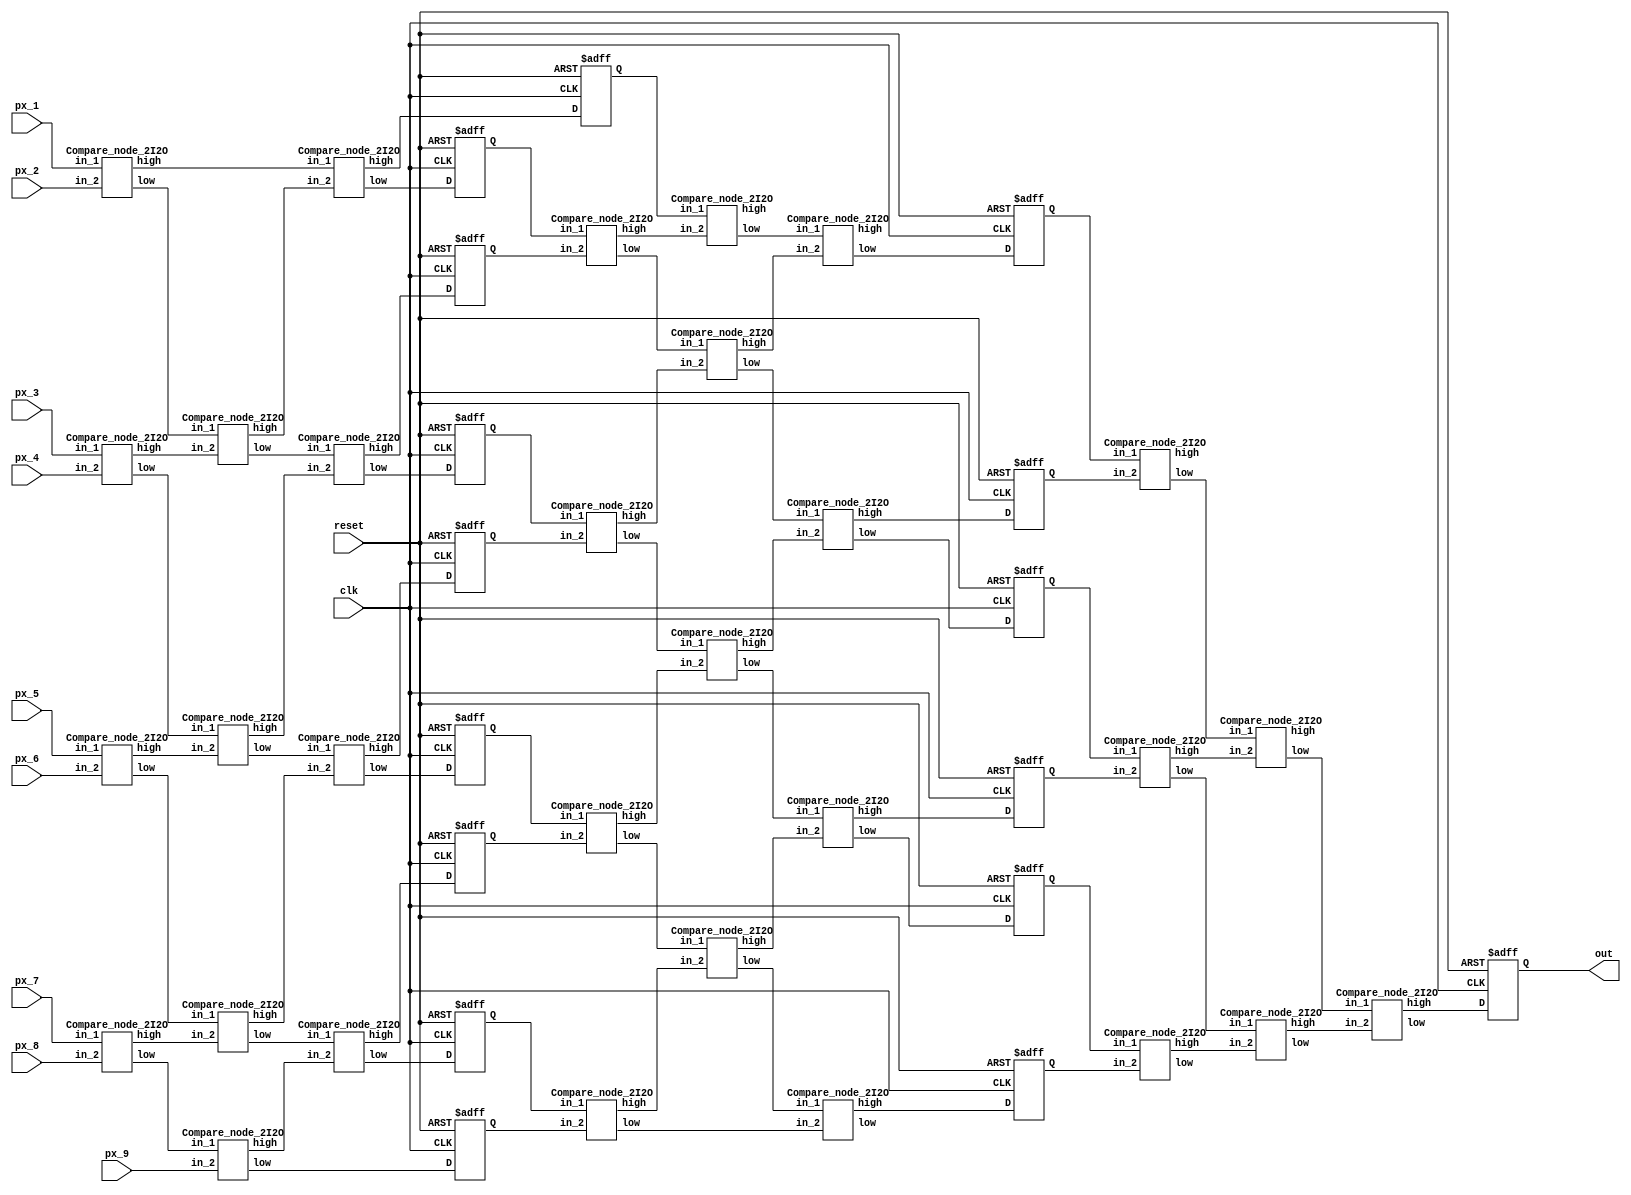
`timescale 1ns/10ps
//////////////////////////////////////////////////////////////////////////////////
// Median blur with 36 PEs & 3-level pipeline
// Structure: Systolic array
// Kernel size: 3x3
//
//////////////////////////////////////////////////////////////////////////////////

module  Median_blur_36_pip_3lv(
    input 	clk,
    input 	reset,
    input  [7:0] px_1, px_2, px_3, px_4, px_5, px_6, px_7, px_8, px_9,
    output reg  [7:0] out
	);

wire  [7:0] h_1, h_2, h_3, h_4, h_5, h_6, h_7, h_8, h_9, h_10, h_11, h_12, h_13, h_14, h_15, h_16, h_17, h_18,
            h_19, h_20, h_21, h_22, h_23, h_24, h_25, h_26, h_27, h_28, h_29, h_30, h_31, h_32, h_33, h_34, h_35, h_36;
wire  [7:0] l_1, l_2, l_3, l_4, l_5, l_6, l_7, l_8, l_9, l_10, l_11, l_12, l_13, l_14, l_15, l_16, l_17, l_18,
            l_19, l_20, l_21, l_22, l_23, l_24, l_25, l_26, l_27, l_28, l_29, l_30, l_31, l_32, l_33, l_34, l_35, l_36;

/////////////////////////////////////
//        Pipeline   stage         //
/////////////////////////////////////

reg [7:0] pip_1_1, pip_1_2, pip_1_3, pip_1_4, pip_1_5, pip_1_6, pip_1_7, pip_1_8, pip_1_9;
reg [7:0] pip_2_1, pip_2_2, pip_2_3, pip_2_4, pip_2_5, pip_2_6, pip_2_7, pip_2_8, pip_2_9;

Compare_node_2I2O u1(
    .in_1(px_1), .in_2(px_2),
    .high(h_1), .low(l_1)
);

Compare_node_2I2O u2(
    .in_1(px_3), .in_2(px_4),
    .high(h_2), .low(l_2)
);

Compare_node_2I2O u3(
    .in_1(px_5), .in_2(px_6),
    .high(h_3), .low(l_3)
);

Compare_node_2I2O u4(
    .in_1(px_7), .in_2(px_8),
    .high(h_4), .low(l_4)
);

Compare_node_2I2O u5(
    .in_1(l_1), .in_2(h_2),
    .high(h_5), .low(l_5)
);

Compare_node_2I2O u6(
    .in_1(l_2), .in_2(h_3),
    .high(h_6), .low(l_6)
);

Compare_node_2I2O u7(
    .in_1(l_3), .in_2(h_4),
    .high(h_7), .low(l_7)
);

Compare_node_2I2O u8(
    .in_1(l_4), .in_2(px_9),
    .high(h_8), .low(l_8)
);

Compare_node_2I2O u9(
    .in_1(h_1), .in_2(h_5),
    .high(h_9), .low(l_9)
);

Compare_node_2I2O u10(
    .in_1(l_5), .in_2(h_6),
    .high(h_10), .low(l_10)
);

Compare_node_2I2O u11(
    .in_1(l_6), .in_2(h_7),
    .high(h_11), .low(l_11)
);

Compare_node_2I2O u12(
    .in_1(l_7), .in_2(h_8),
    .high(h_12), .low(l_12)
);

//1st stage pipline
always @(posedge clk or posedge reset) begin
    if(reset) begin
        pip_1_1 <= 8'd0;
        pip_1_2 <= 8'd0;
        pip_1_3 <= 8'd0;
        pip_1_4 <= 8'd0;
        pip_1_5 <= 8'd0;
        pip_1_6 <= 8'd0;
        pip_1_7 <= 8'd0;
        pip_1_8 <= 8'd0;
        pip_1_9 <= 8'd0;
    end
    else begin
        pip_1_1 <= h_9;
        pip_1_2 <= l_9;
        pip_1_3 <= h_10;
        pip_1_4 <= l_10;
        pip_1_5 <= h_11;
        pip_1_6 <= l_11;
        pip_1_7 <= h_12;
        pip_1_8 <= l_12;
        pip_1_9 <= l_8;
    end
end

Compare_node_2I2O u13(
    .in_1(pip_1_2), .in_2(pip_1_3),
    .high(h_13), .low(l_13)
);

Compare_node_2I2O u14(
    .in_1(pip_1_4), .in_2(pip_1_5),
    .high(h_14), .low(l_14)
);

Compare_node_2I2O u15(
    .in_1(pip_1_6), .in_2(pip_1_7),
    .high(h_15), .low(l_15)
);

Compare_node_2I2O u16(
    .in_1(pip_1_8), .in_2(pip_1_9),
    .high(h_16), .low(l_16)
);

Compare_node_2I2O u17(
    .in_1(pip_1_1), .in_2(h_13),
    .high(h_17), .low(l_17)
);

Compare_node_2I2O u18(
    .in_1(l_13), .in_2(h_14),
    .high(h_18), .low(l_18)
);

Compare_node_2I2O u19(
    .in_1(l_14), .in_2(h_15),
    .high(h_19), .low(l_19)
);

Compare_node_2I2O u20(
    .in_1(l_15), .in_2(h_16),
    .high(h_20), .low(l_20)
);

Compare_node_2I2O u21(
    .in_1(l_17), .in_2(h_18),
    .high(h_21), .low(l_21)
);

Compare_node_2I2O u22(
    .in_1(l_18), .in_2(h_19),
    .high(h_22), .low(l_22)
);

Compare_node_2I2O u23(
    .in_1(l_19), .in_2(h_20),
    .high(h_23), .low(l_23)
);

Compare_node_2I2O u24(
    .in_1(l_20), .in_2(l_16),
    .high(h_24), .low(l_24)
);

//2nd stage pipline
always @(posedge clk or posedge reset) begin
    if(reset) begin
        pip_2_1 <= 8'd0;
        pip_2_2 <= 8'd0;
        pip_2_3 <= 8'd0;
        pip_2_4 <= 8'd0;
        pip_2_5 <= 8'd0;
        pip_2_6 <= 8'd0;
        pip_2_7 <= 8'd0;
        pip_2_8 <= 8'd0;
        pip_2_9 <= 8'd0;
    end
    else begin
        pip_2_1 <= h_17;
        pip_2_2 <= h_21;
        pip_2_3 <= l_21;
        pip_2_4 <= h_22;
        pip_2_5 <= l_22;
        pip_2_6 <= h_23;
        pip_2_7 <= l_23;
        pip_2_8 <= h_24;
        pip_2_9 <= l_24;
    end
end

Compare_node_2I2O u25(
    .in_1(pip_2_1), .in_2(pip_2_2),
    .high(h_25), .low(l_25)
);

Compare_node_2I2O u26(
    .in_1(pip_2_3), .in_2(pip_2_4),
    .high(h_26), .low(l_26)
);

Compare_node_2I2O u27(
    .in_1(pip_2_5), .in_2(pip_2_6),
    .high(h_27), .low(l_27)
);

Compare_node_2I2O u28(
    .in_1(pip_2_7), .in_2(pip_2_8),
    .high(h_28), .low(l_28)
);

Compare_node_2I2O u29(
    .in_1(l_25), .in_2(h_26),
    .high(h_29), .low(l_29)
);

Compare_node_2I2O u30(
    .in_1(l_26), .in_2(h_27),
    .high(h_30), .low(l_30)
);

Compare_node_2I2O u31(
    .in_1(l_27), .in_2(h_28),
    .high(h_31), .low(l_31)
);

Compare_node_2I2O u32(
    .in_1(l_28), .in_2(pip_2_9),
    .high(h_32), .low(l_32)
);

Compare_node_2I2O u33(
    .in_1(h_25), .in_2(h_29),
    .high(h_33), .low(l_33)
);

Compare_node_2I2O u34(
    .in_1(l_29), .in_2(h_30),
    .high(h_34), .low(l_34)
);

Compare_node_2I2O u35(
    .in_1(l_30), .in_2(h_31),
    .high(h_35), .low(l_35)
);

Compare_node_2I2O u36(
    .in_1(l_31), .in_2(h_32),
    .high(h_36), .low(l_36)
);

//output stage pipline
always @(posedge clk or posedge reset) begin
    if(reset) begin
        out <= 8'd0;
    end
    else begin
        out <= h_35;
    end
end

endmodule

module  Compare_node_2I2O(
    input  [7:0] in_1, in_2,
    output  [7:0] high, low
	);

wire higher;

assign higher = (in_1>=in_2)? 1'b1:1'b0;

assign high = (higher==1'b1)? in_1:in_2;
assign low = (higher==1'b1)? in_2:in_1;

endmodule